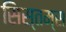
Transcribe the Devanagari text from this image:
सिस्तम्स